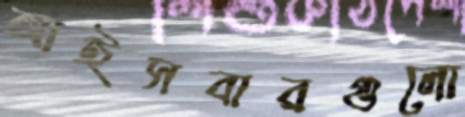
আইসবারগুলো